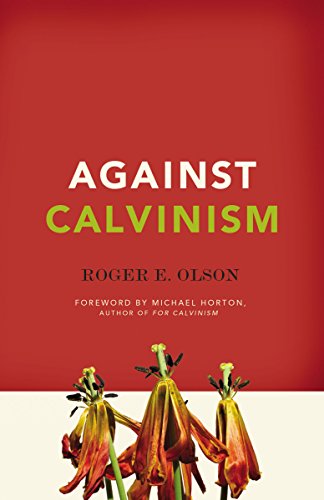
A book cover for Against Calvinism; Roger E. Olson; Christian Books & Bibles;